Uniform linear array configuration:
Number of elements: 4
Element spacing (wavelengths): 0.25
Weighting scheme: exponential
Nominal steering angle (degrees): -30
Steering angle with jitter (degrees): -28.185
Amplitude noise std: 0.05
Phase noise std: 0.05

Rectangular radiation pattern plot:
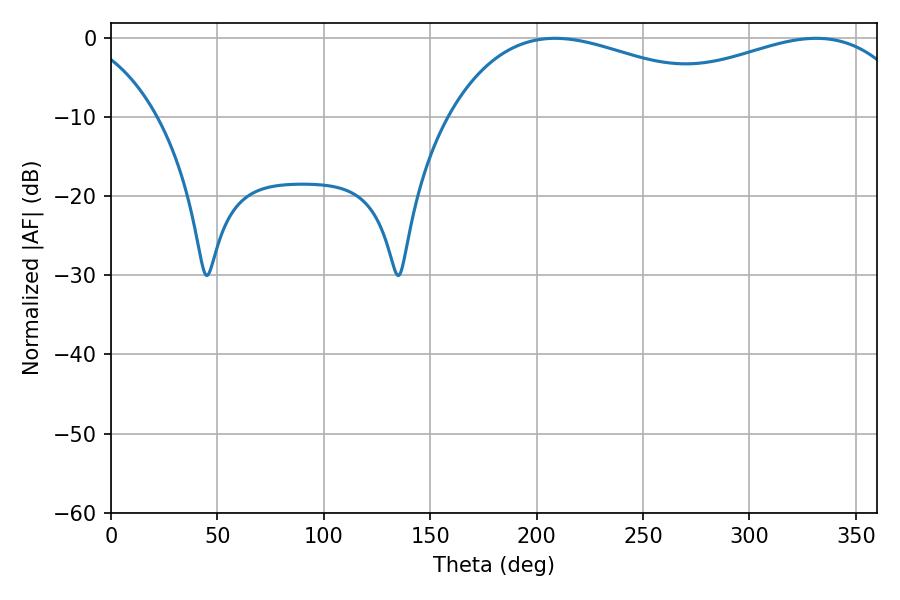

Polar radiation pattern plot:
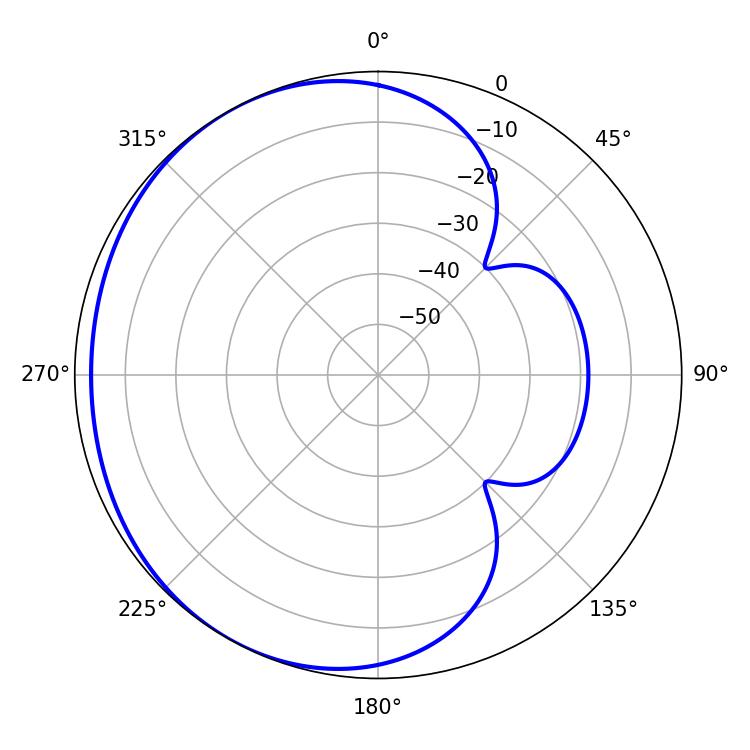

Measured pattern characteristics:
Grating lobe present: FALSE
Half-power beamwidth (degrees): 80.64
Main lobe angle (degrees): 208.62